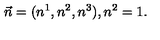
\vec { n } = ( n ^ { 1 } , n ^ { 2 } , n ^ { 3 } ) , n ^ { 2 } = 1 .